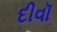
દીવૉ